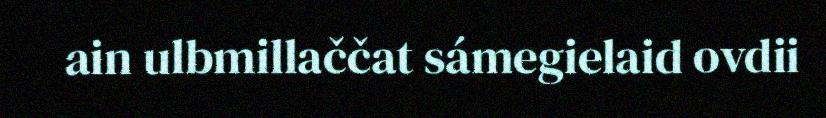
ain ulbmillaččat sámegielaid ovdii